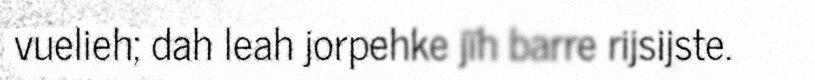
vuelieh; dah leah jorpehke jïh barre rijsijste.